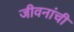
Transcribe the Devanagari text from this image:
जीवनांची